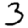
Digit: 3